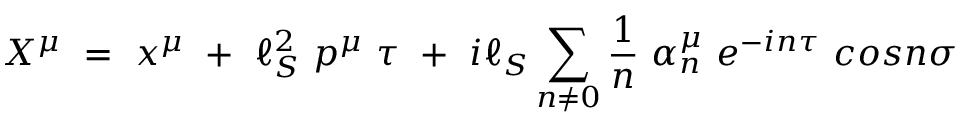
X ^ { \mu } ~ = ~ x ^ { \mu } ~ + ~ \ell _ { S } ^ { 2 } ~ p ^ { \mu } ~ \tau ~ + ~ i \ell _ { S } \sum _ { n \ne 0 } \frac { 1 } { n } ~ \alpha _ { n } ^ { \mu } ~ e ^ { - i n \tau } ~ c o s n \sigma